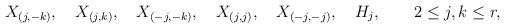
LaTeX: \begin{align*}X_{(j,-k)},\quad X_{(j,k)},\quad X_{(-j,-k)},\quad X_{(j,j)},\quad X_{(-j,-j)},\quad H_j,\qquad 2\leq j,k\leq r, \end{align*}